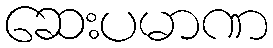
ဆေးပမာဏ